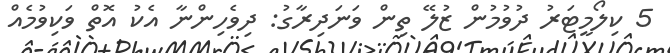
5 ކިލޯމީޓަރު ދުވުމުން ޒުލޭ ތިން ވަނަދިރާގު: ދިވެހިންނާ އެކު އޮތް ވަކިވުމެއް